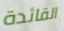
القائدة